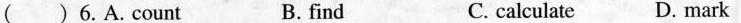
()6.A. count B. find C. calculate D. mark